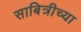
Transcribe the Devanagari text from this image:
साबित्रीच्या